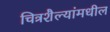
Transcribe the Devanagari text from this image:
चित्रशैल्यांमधील